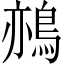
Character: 𪁂